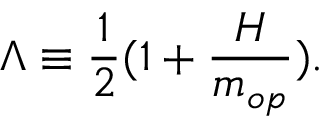
\Lambda \equiv \frac { 1 } { 2 } ( 1 + \frac { { \cal H } } { m _ { o p } } ) .